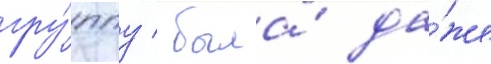
гру́ппу / была́ да́же